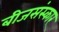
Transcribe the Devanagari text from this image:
बीजसंस्कार